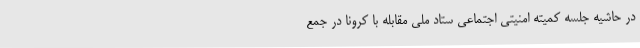
در حاشیه جلسه کمیته امنیتی اجتماعی ستاد ملی مقابله با کرونا در جمع